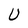
Character: U